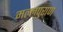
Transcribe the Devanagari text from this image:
मल्लपुराण